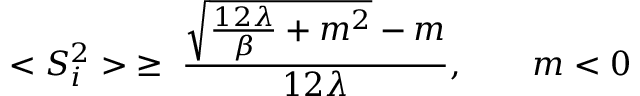
< S _ { i } ^ { 2 } > \; \ge \; \frac { { \sqrt { \frac { 1 2 \lambda } { \beta } + m ^ { 2 } } } - m } { 1 2 \lambda } , \qquad m < 0